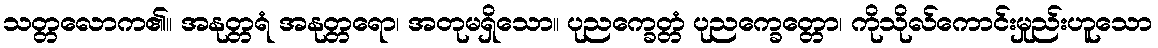
သတ္တလောက၏။ အနုတ္တရံ အနုတ္တရော၊ အတုမရှိသော။ ပုညက္ခေတ္တံ ပုညက္ခေတ္တော၊ ကိုသိုလ်ကောင်းမှုည်းဟူသော